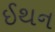
ઈથન